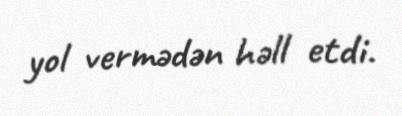
yol vermədən həll etdi.